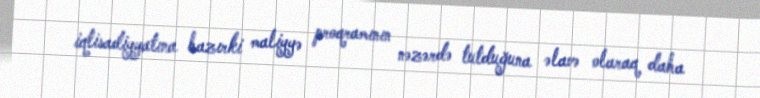
iqtisadiyyatına hazırki maliyyə proqramının nəzərdə tutduğuna əlavə olaraq daha